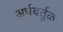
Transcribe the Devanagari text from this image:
अर्धवर्तुळ